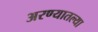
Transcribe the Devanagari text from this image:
अरण्यातल्या